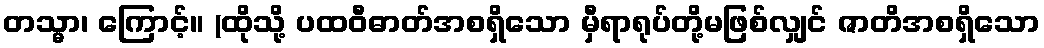
တသ္မာ၊ ကြောင့်။ (ထိုသို့ ပထဝီဓာတ်အစရှိသော မှီရာရုပ်တို့မဖြစ်လျှင် ဇာတိအစရှိသော